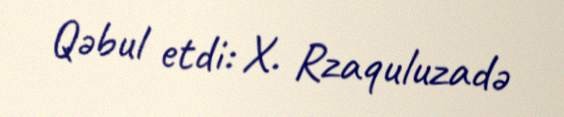
Qəbul etdi: X. Rzaquluzadə